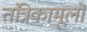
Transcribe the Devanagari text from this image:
तंत्रिकामूलों